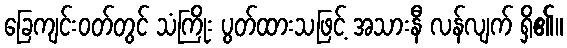
ခြေကျင်းဝတ်တွင် သံကြိုး ပွတ်ထားသဖြင့် အသားနီ လန်လျက် ရှိ၏။